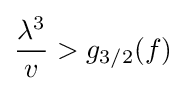
{\frac {\lambda ^{3}}{v}}>g_{3/2}(f)